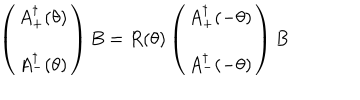
\left( \begin{array} { c } { { A _ { + } ^ { \dagger } ( \theta ) } } \\ { { A _ { - } ^ { \dagger } ( \theta ) } } \\ \end{array} \right) B = R ( \theta ) \left( \begin{array} { c } { { A _ { + } ^ { \dagger } ( - \theta ) } } \\ { { A _ { - } ^ { \dagger } ( - \theta ) } } \\ \end{array} \right) B